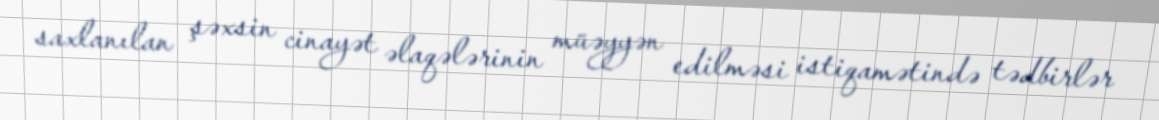
saxlanılan şəxsin cinayət əlaqələrinin müəyyən edilməsi istiqamətində tədbirlər